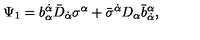
\Psi _ { 1 } = b _ { \alpha } ^ { \dot { \alpha } } \bar { D } _ { \dot { \alpha } } \sigma ^ { \alpha } + \bar { \sigma } ^ { \dot { \alpha } } D _ { \alpha } \bar { b } _ { \dot { \alpha } } ^ { \alpha } ,